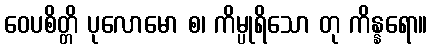
ဝေပစိတ္တိ ပုလောမော စ၊ ကိမ္ပုရိသော တု ကိန္နရော။